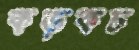
কড়কচ